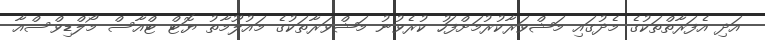
އަދި އެފަރާތްތަކުގެ މެދުގައި މަޝްވަރާކުރުމަށްފަހު ކުރެވުނު މަޝްވަރާތަކުގެ މައުލޫމާތު ޔޮޓް ޓްއާސް މޯލްޑިވްސްއާ